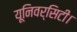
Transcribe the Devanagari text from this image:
यूनिवर्सिटी।